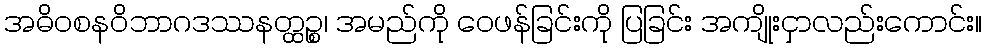
အဓိဝစနဝိဘာဂဒဿနတ္ထဉ္စ၊ အမည်ကို ဝေဖန်ခြင်းကို ပြခြင်း အကျိုးငှာလည်းကောင်း။